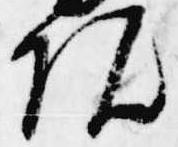
院